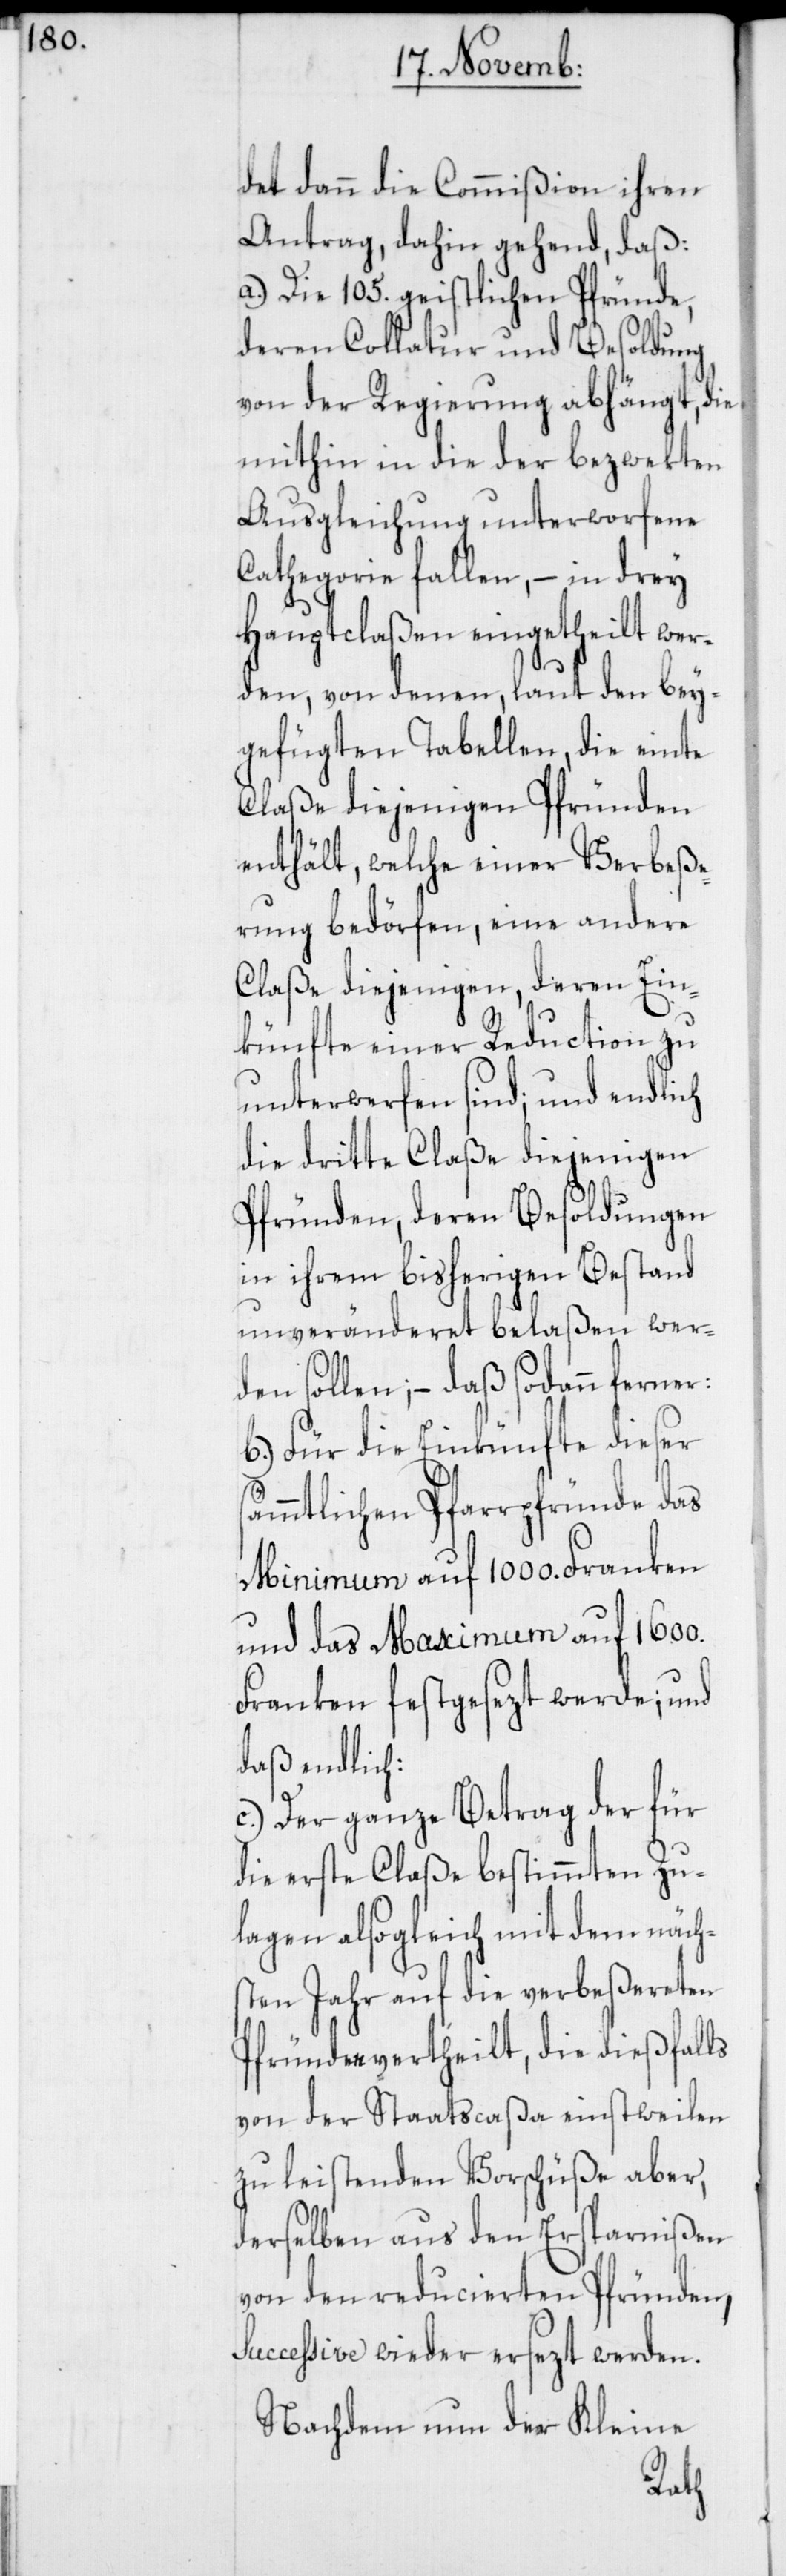
det dann die Commißion ihren
Antrag, dahin gehend, daß:
a.) Die 105. geistlichen Pfründe,
deren Collatur und Besoldung
von der Regierung abhängt, die
mithin in die der bezwekten
Ausgleichung unterworfene
Cathegorie fallen, – in drey
Hauptclaßen eingetheilt wer¬
den, von denen, laut den bey¬
gefügten Tabellen die einte
Claße diejenigen Pfründen
enthält, welche einer Verbeße¬
rung bedörfen, eine andere
Claße diejenigen, deren Ein¬
künfte einer Reduction zu
unterwerfen sind; und endlich
die dritte Claße diejenigen
Pfründen, deren Besoldungen
in ihrem bisherigen Bestand
unveränderet belaßen wer¬
den sollen; – daß sodann ferner:
b.) Für die Einkünfte dieser
ämmtlichen Pfarrpfründe das
Miniumum auf 1000. Franken
und das Maximum auf 1600.
Franken festgesezt werde; und
daß endlich:
c.) Der ganze Betrag der für
die erste Claße bestimmten Zu¬
lagen alsogleich mit dem näch¬
sten Jahr auf die verbeßereten
Pfründen vertheilt, die dießfalls
von der Staatscaßa einstweilen
zu leistenden Vorschüße aber,
derselben aus den Ersparnißen
von den reducierten Pfründen,
cessive wieder ersezt werden.
Nachdem nun der Kleine
suc¬